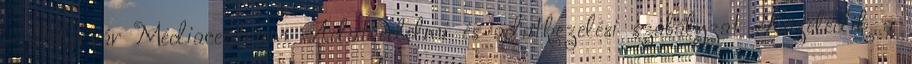
- Fehérvár Médiacentrum Adatvédelmi és adatkezelési szabályzat Közeledik a